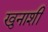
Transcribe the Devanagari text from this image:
खुनाशी